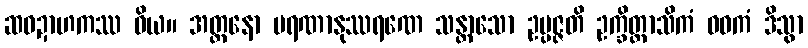
ဆဝဍာဟကဿ ဝိယ။ အတ္တနော မရဏာနုဿရဏေ သန္တာသော ဥပ္ပဇ္ဇတိ ဥက္ခိတ္တာသိကံ ဝဓကံ ဒိသွာ